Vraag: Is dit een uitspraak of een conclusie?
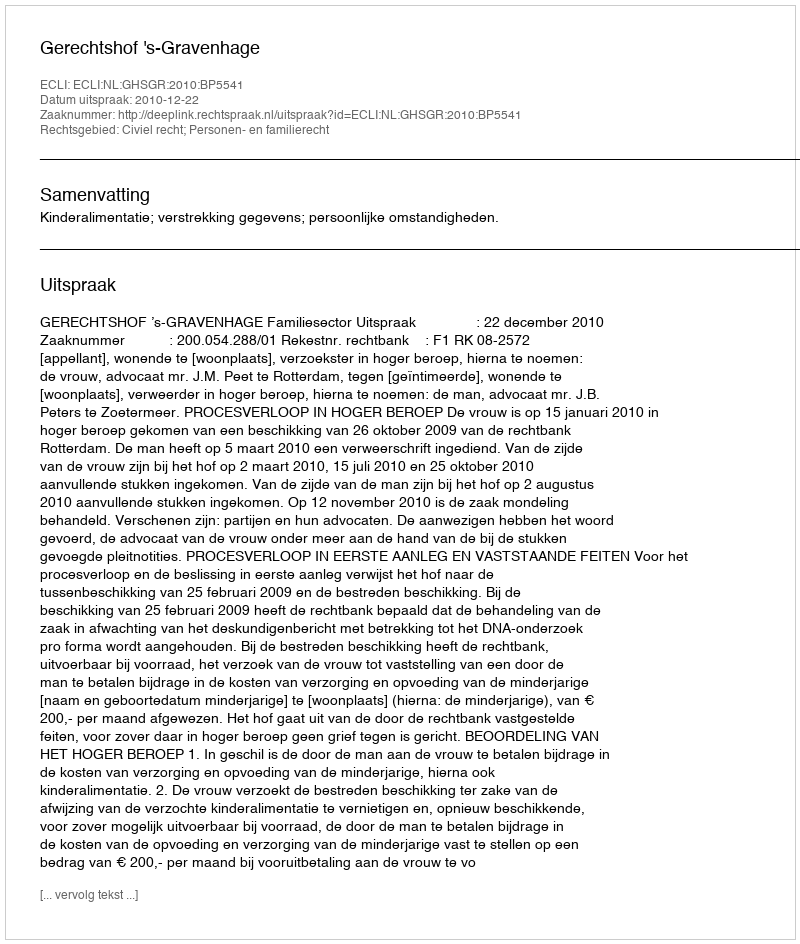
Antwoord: Uitspraak